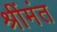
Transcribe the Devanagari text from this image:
श्रींमंत